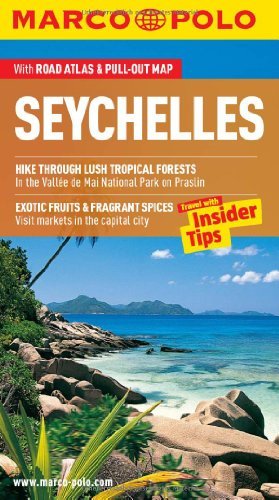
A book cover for By Marco Polo Seychelles Marco Polo Guide (Marco Polo Travel Guides) (Pap/Map) [Paperback]; Travel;